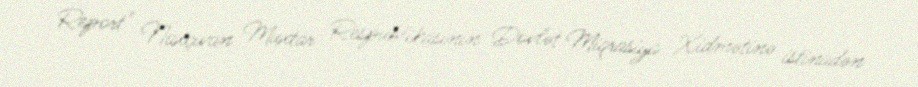
Report" Naxçıvan Muxtar Respublikasının Dövlət Miqrasiya Xidmətinə istinadən